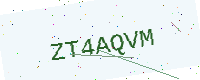
Text: ZT4AQVM